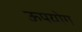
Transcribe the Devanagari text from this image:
ऊपयोग